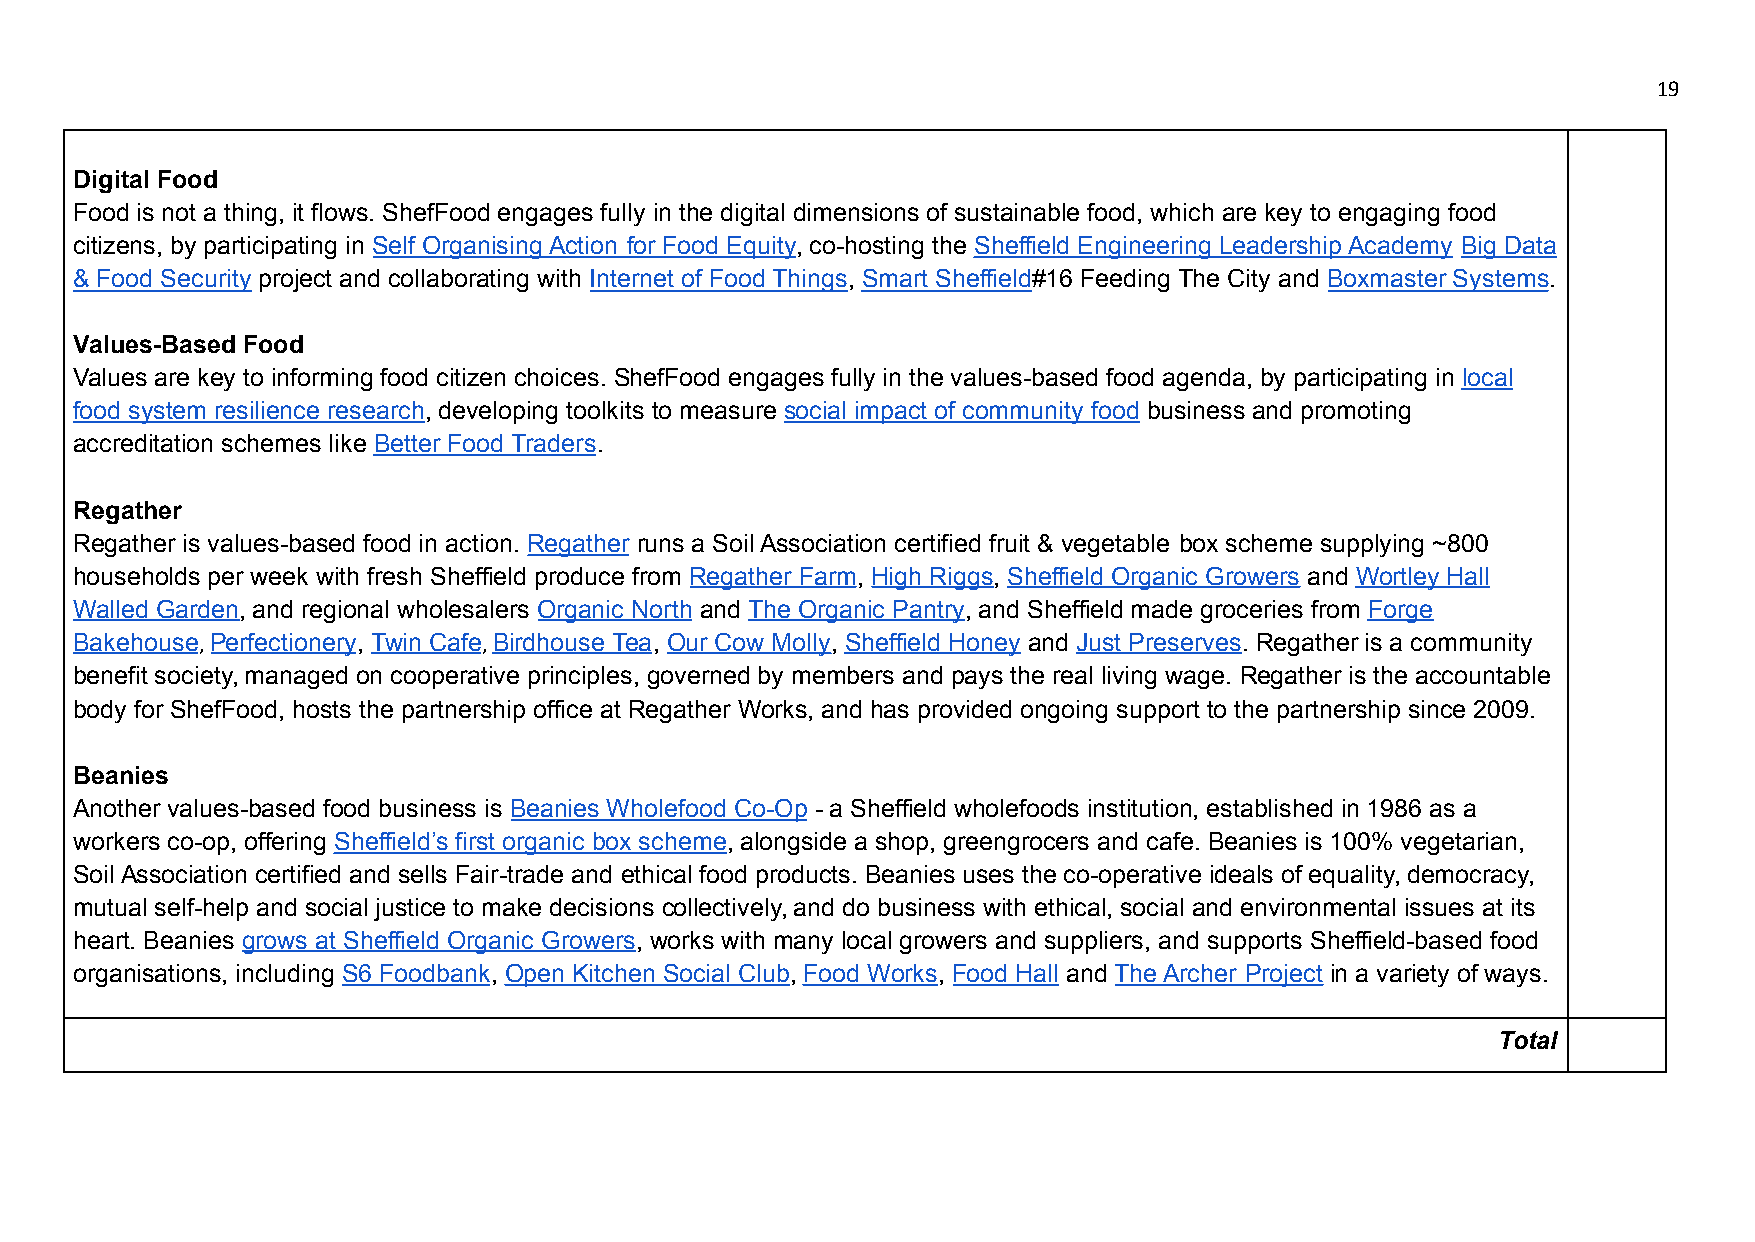
19
 Digital Food
 Food is not a thing, it flows. ShefFood engages fully in the digital dimensions of sustainable food, which are key to engaging food
 citizens, by participating in Self Organising Action for Food Equity, co-hosting the Sheffield Engineering Leadership Academy Big Data
 & Food Security project and collaborating with Internet of Food Things, Smart Sheffield#16 Feeding The City and Boxmaster Systems.
 Values-Based Food
 Values are key to informing food citizen choices. ShefFood engages fully in the values-based food agenda, by participating in local
 food system resilience research, developing toolkits to measure social impact of community food business and promoting
 accreditation schemes like Better Food Traders.
 Regather
 Regather is values-based food in action. Regather runs a Soil Association certified fruit & vegetable box scheme supplying ~800
 households per week with fresh Sheffield produce from Regather Farm, High Riggs, Sheffield Organic Growers and Wortley Hall
 Walled Garden, and regional wholesalers Organic North and The Organic Pantry, and Sheffield made groceries from Forge
 Bakehouse,Perfectionery, Twin Cafe,Birdhouse Tea, Our Cow Molly, Sheffield Honey and Just Preserves. Regather is a community
 benefit society, managed on cooperative principles, governed by members and pays the real living wage. Regather is the accountable
 body for ShefFood, hosts the partnership office at Regather Works, and has provided ongoing support to the partnership since 2009.
 Beanies
 Another values-based food business is Beanies Wholefood Co-Op - a Sheffield wholefoods institution, established in 1986 as a
 workers co-op, offering Sheffield’s first organic box scheme, alongside a shop, greengrocers and cafe. Beanies is 100% vegetarian,
 Soil Association certified and sells Fair-trade and ethical food products. Beanies uses the co-operative ideals of equality, democracy,
 mutual self-help and social justice to make decisions collectively, and do business with ethical, social and environmental issues at its
 heart. Beanies grows at Sheffield Organic Growers, works with many local growers and suppliers, and supports Sheffield-based food
 organisations, including S6 Foodbank, Open Kitchen Social Club, Food Works, Food Hall and The Archer Project in a variety of ways.
 Total